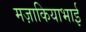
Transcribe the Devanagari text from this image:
मज़ाकियाभाई